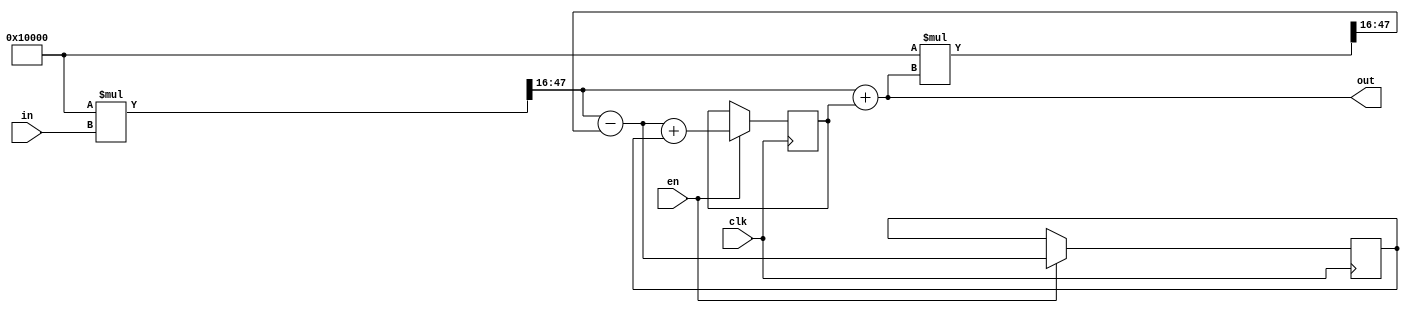
//module IIR_2nd#(
//	parameter b0 = 13_044, b1 = -24_789, b2 = -2, a1 = -30_885, a2 = 16_242,
//	parameter Datain_AW = 12, Dataout_AW = 12, DataShift = 14
//)(
//	input clk, nrst,
//	input signed [Datain_AW - 1 : 0] In,
//	output signed [Dataout_AW - 1 : 0] Out
//
//);
//	wire signed [Datain_AW - 1 : 0] bx0 = ((2*Datain_AW'b1)*b0 * In) >>> DataShift;
//	wire signed [Datain_AW - 1 : 0] bx1 = (b1 * In) >>> DataShift;
//	wire signed [Datain_AW - 1 : 0] bx2 = (b2 * In) >>> DataShift;
//	wire signed [Datain_AW - 1 : 0] ay1 = (a1 * Out) >>> DataShift;
//	wire signed [Datain_AW - 1 : 0] ay2 = (a2 * Out) >>> DataShift;
//
//	reg signed [Datain_AW - 1 : 0] d;
//
//
//
//
//
//endmodule 

module IIR_2nd#(
	parameter W = 32,
	parameter FSW = 16,
	parameter real B0 = 1,
	parameter real B1 = 1,
	parameter real B2 = 1,
	parameter real A1 = 1,
	parameter real A2 = 1
)(
	input clk,en,
	input signed [W-1:0] in,
	output  signed  [W-1:0] out
);

	wire signed [W-1:0] b0 = (B0 * (2.0 ** FSW));
	wire signed [W-1:0] b1 = (B1 * (2.0 ** FSW));
	wire signed [W-1:0] b2 = (B2 * (2.0 ** FSW));
	wire signed [W-1:0] a1 = (A1 * (2.0 ** FSW));
	wire signed [W-1:0] a2 = (A2 * (2.0 ** FSW));
	wire signed [4*W-1:0] bx0L = b0 * in;
	wire signed [4*W-1:0] bx1L = b1 * in;
	wire signed [4*W-1:0] bx2L = b2 * in;
	wire signed [4*W-1:0] ay1L = a1 * out;
	wire signed [4*W-1:0] ay2L = a2 * out;
	wire signed [W-1:0] bx0 = bx0L >>> FSW;
	wire signed [W-1:0] bx1 = bx1L >>> FSW;
	wire signed [W-1:0] bx2 = bx2L >>> FSW;
	wire signed [W-1:0] ay1 = ay1L >>> FSW;
	wire signed [W-1:0] ay2 = ay2L >>> FSW;

	reg signed [W-1:0] d[0:1];
initial begin
	d[0] = 'sb0;
	d[1] = 'sb0;
end

assign out = bx0 + d[0];

always@(posedge clk) begin
	if(en)begin
		d[0] <= bx1 - ay1 + d[1];
		d[1] <= bx2 - ay2;
	end
end
endmodule